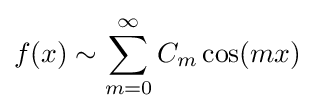
f(x)\sim \sum _{m=0}^{\infty }C_{m}\cos(mx)